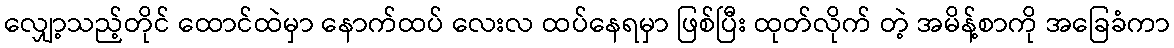
လျှော့သည့်တိုင် ထောင်ထဲမှာ နောက်ထပ် လေးလ ထပ်နေရမှာ ဖြစ်ပြီး ထုတ်လိုက် တဲ့ အမိန့်စာကို အခြေခံကာ